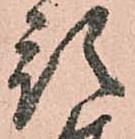
預